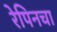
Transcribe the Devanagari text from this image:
रेपिनचा